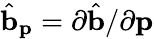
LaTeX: \hat{\mathbf{b}}_{\mathbf{p}}=\partial\hat{\mathbf{b}}/\partial{\mathbf{p}}